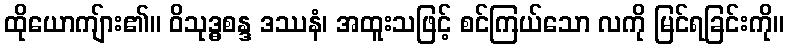
ထိုယောကျ်ား၏။ ဝိသုဒ္ဓစန္ဒ ဒဿနံ၊ အထူးသဖြင့် စင်ကြယ်သော လကို မြင်ရခြင်းကို။